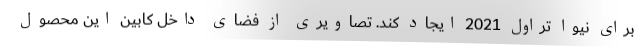
برای نیوا تراول 2021 ایجاد کند. تصاویری از فضای داخل کابین این محصول